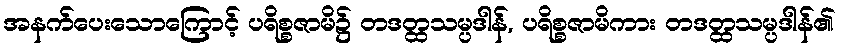
အနက်ပေးသောကြောင့် ပရိစ္စဇာမိ၌ တဒတ္ထသမ္ပဒါန်, ပရိစ္စဇာမိကား တဒတ္ထသမ္ပဒါန်၏